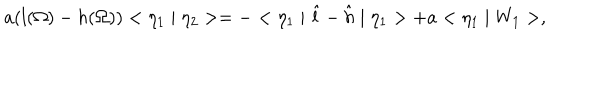
a ( l ( \Omega ) - h ( \Omega ) ) < \eta _ { 1 } \mid \eta _ { 2 } > = - < \eta _ { 1 } \mid \hat { l } - \hat { h } \mid \eta _ { 1 } > + a < \eta _ { 1 } \mid W _ { 1 } > ,